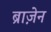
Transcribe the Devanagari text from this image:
ब्राज़ेन